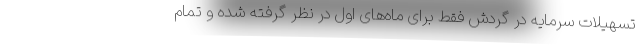
تسهیلات سرمایه در گردش فقط برای ماه‌های اول در نظر گرفته شده و تمام